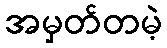
အမှတ်တမဲ့